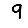
Digit: 9